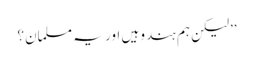
’’لیکن ہم ہندو ہیں اور یہ مسلمان؟